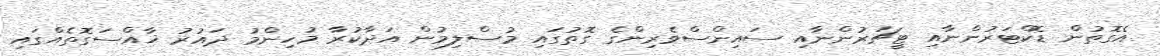
އެގޮތުން ޑޮކްޓަރުންނާއި ޓީޗަރުންނާއި ސައިންސްވެރިންގެ ގޮތުގައި މުސްލިމުން އަދާކުރާ މުހިންމު ދައުރު ޚާއްސަގޮތެއްގައި